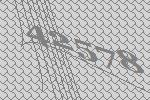
42578